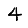
Digit: 4